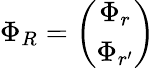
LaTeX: \begin{array}{r}{\Phi_{R}=\left(\begin{array}{c}{\Phi_{r}}\\ {\Phi_{r^{\prime}}}\end{array}\right)}\end{array}